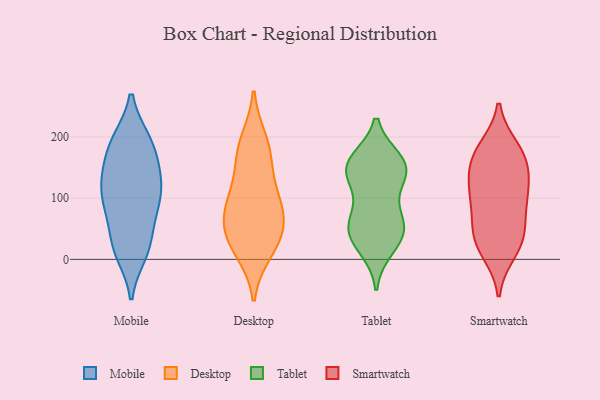
{"axis": {"x": "Energy Usage (MWh)", "y": "Value"}, "legend": ["Desktop", "Mobile", "Smartwatch", "Tablet"], "data": [{"x": "", "y": 125, "type": "Mobile"}, {"x": "", "y": 88, "type": "Mobile"}, {"x": "", "y": 26, "type": "Mobile"}, {"x": "", "y": 193, "type": "Mobile"}, {"x": "", "y": 193, "type": "Mobile"}, {"x": "", "y": 20, "type": "Mobile"}, {"x": "", "y": 187, "type": "Mobile"}, {"x": "", "y": 88, "type": "Mobile"}, {"x": "", "y": 147, "type": "Mobile"}, {"x": "", "y": 76, "type": "Mobile"}, {"x": "", "y": 130, "type": "Mobile"}, {"x": "", "y": 189, "type": "Mobile"}, {"x": "", "y": 141, "type": "Mobile"}, {"x": "", "y": 90, "type": "Mobile"}, {"x": "", "y": 118, "type": "Mobile"}, {"x": "", "y": 11, "type": "Mobile"}, {"x": "", "y": 21, "type": "Mobile"}, {"x": "", "y": 178, "type": "Desktop"}, {"x": "", "y": 107, "type": "Desktop"}, {"x": "", "y": 160, "type": "Desktop"}, {"x": "", "y": 84, "type": "Desktop"}, {"x": "", "y": 14, "type": "Desktop"}, {"x": "", "y": 55, "type": "Desktop"}, {"x": "", "y": 37, "type": "Desktop"}, {"x": "", "y": 65, "type": "Desktop"}, {"x": "", "y": 100, "type": "Desktop"}, {"x": "", "y": 193, "type": "Desktop"}, {"x": "", "y": 26, "type": "Desktop"}, {"x": "", "y": 131, "type": "Tablet"}, {"x": "", "y": 69, "type": "Tablet"}, {"x": "", "y": 42, "type": "Tablet"}, {"x": "", "y": 147, "type": "Tablet"}, {"x": "", "y": 46, "type": "Tablet"}, {"x": "", "y": 20, "type": "Tablet"}, {"x": "", "y": 67, "type": "Tablet"}, {"x": "", "y": 156, "type": "Tablet"}, {"x": "", "y": 160, "type": "Tablet"}, {"x": "", "y": 44, "type": "Tablet"}, {"x": "", "y": 145, "type": "Tablet"}, {"x": "", "y": 149, "type": "Tablet"}, {"x": "", "y": 27, "type": "Smartwatch"}, {"x": "", "y": 161, "type": "Smartwatch"}, {"x": "", "y": 125, "type": "Smartwatch"}, {"x": "", "y": 102, "type": "Smartwatch"}, {"x": "", "y": 13, "type": "Smartwatch"}, {"x": "", "y": 98, "type": "Smartwatch"}, {"x": "", "y": 40, "type": "Smartwatch"}, {"x": "", "y": 136, "type": "Smartwatch"}, {"x": "", "y": 98, "type": "Smartwatch"}, {"x": "", "y": 181, "type": "Smartwatch"}, {"x": "", "y": 58, "type": "Smartwatch"}, {"x": "", "y": 173, "type": "Smartwatch"}, {"x": "", "y": 33, "type": "Smartwatch"}, {"x": "", "y": 167, "type": "Smartwatch"}]}